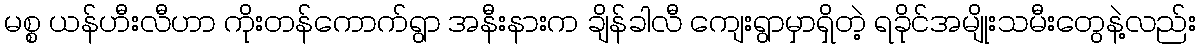
မစ္စ ယန်ဟီးလီဟာ ကိုးတန်ကောက်ရွာ အနီးနားက ချိန်ခါလီ ကျေးရွာမှာရှိတဲ့ ရခိုင်အမျိုးသမီးတွေနဲ့လည်း